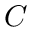
C